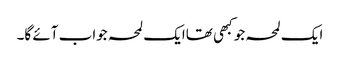
ایک لمحہ جو کبھی تھاایک لمحہ جواب آئے گا۔